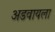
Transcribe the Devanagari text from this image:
अडवायला